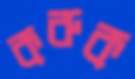
করুক